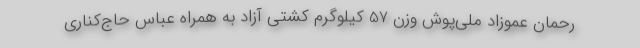
رحمان عموزاد ملی‌پوش وزن 57 کیلوگرم کشتی آزاد به همراه عباس حاج‌کناری